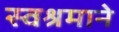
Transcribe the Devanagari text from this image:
स्वश्रमाने